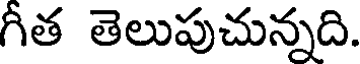
గీత తెలుపుచున్నది.